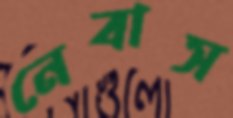
নেবাস